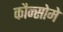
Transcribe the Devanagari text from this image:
कौन्सोमे